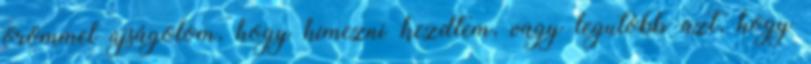
örömmel újságolom, hogy hímezni kezdtem, vagy legutóbb azt, hogy